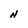
Character: N